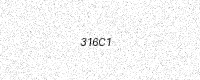
Text: 316C1